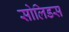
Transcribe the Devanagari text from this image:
सोलिडस